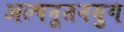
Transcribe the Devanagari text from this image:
अल्पनूतनयुग